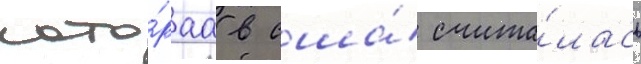
кото́раа в сша́ счита́лась